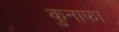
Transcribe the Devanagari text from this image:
कुनाफा